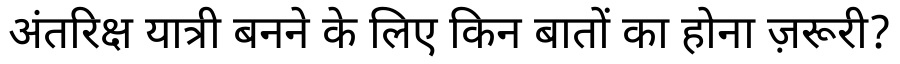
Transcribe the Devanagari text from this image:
अंतरिक्ष यात्री बनने के लिए किन बातों का होना ज़रूरी?